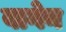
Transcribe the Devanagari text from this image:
वागेन